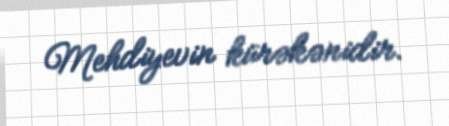
Mehdiyevin kürəkənidir.